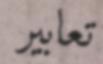
تعابير